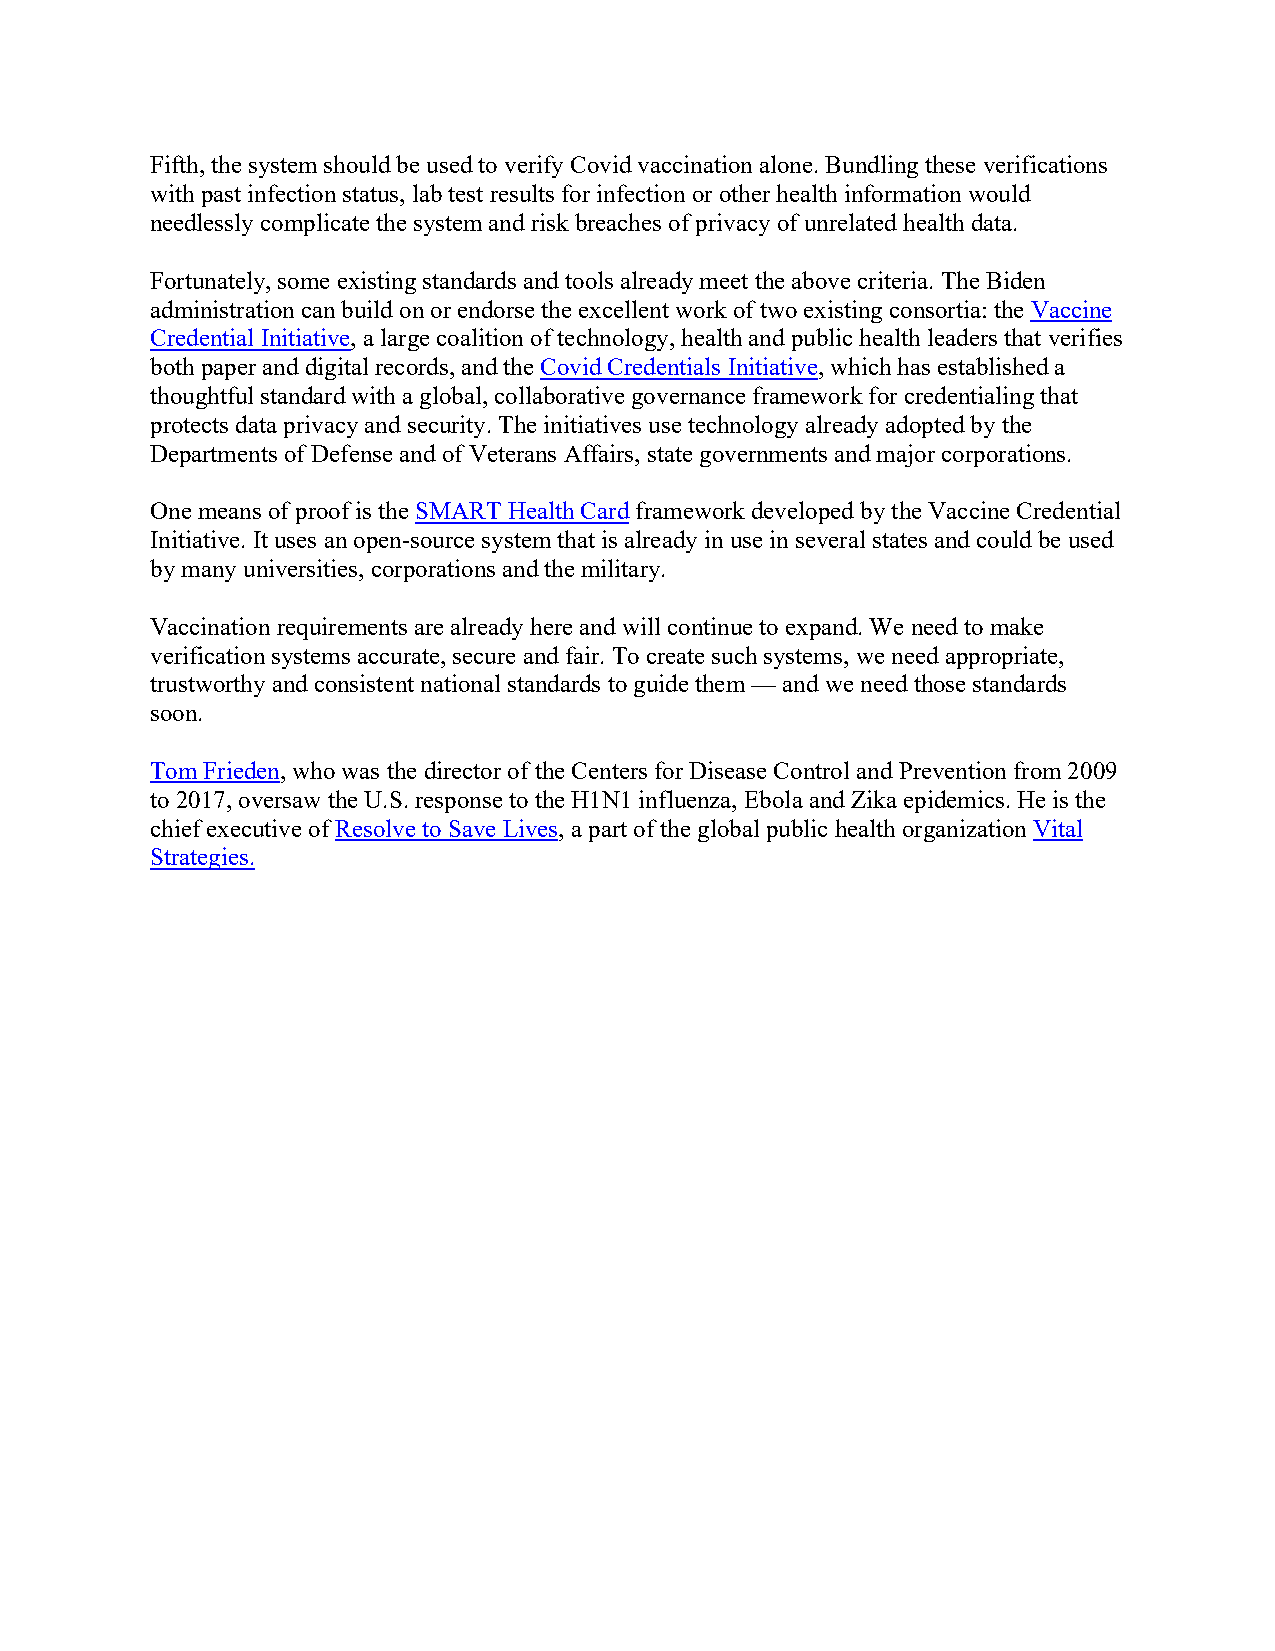
Fifth, the system should be used to verify Covid vaccination alone. Bundling these verifications
 with past infection status, lab test results for infection or other health information would
 needlessly complicate the system and risk breaches of privacy of unrelated health data.
 Fortunately, some existing standards and tools already meet the above criteria. The Biden
 administration can build on or endorse the excellent work of two existing consortia: the Vaccine
 Credential Initiative, a large coalition of technology, health and public health leaders that verifies
 both paper and digital records, and the Covid Credentials Initiative, which has established a
 thoughtful standard with a global, collaborative governance framework for credentialing that
 protects data privacy and security. The initiatives use technology already adopted by the
 Departments of Defense and of Veterans Affairs, state governments and major corporations.
 One means of proof is the SMART Health Card framework developed by the Vaccine Credential
 Initiative. It uses an open-source system that is already in use in several states and could be used
 by many universities, corporations and the military.
 Vaccination requirements are already here and will continue to expand. We need to make
 verification systems accurate, secure and fair. To create such systems, we need appropriate,
 trustworthy and consistent national standards to guide them — and we need those standards
 soon.
 Tom Frieden, who was the director of the Centers for Disease Control and Prevention from 2009
 to 2017, oversaw the U.S. response to the H1N1 influenza, Ebola and Zika epidemics. He is the
 chief executive of Resolve to Save Lives, a part of the global public health organization Vital
 Strategies.